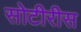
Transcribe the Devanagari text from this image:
सोटीरीस